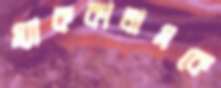
ম্যাককালামকে